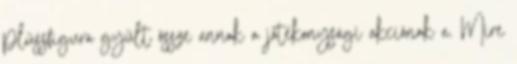
plüssfigura gyűlt össze annak a jótékonysági akciónak a. Mire